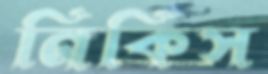
নিকিস